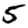
Digit: 5